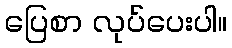
ပြေစာ လုပ်ပေးပါ။